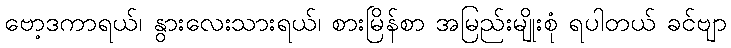
ဗော့ဒကာရယ်၊ နွားလေးသားရယ်၊ စားမြိန်စာ အမြည်းမျိုးစုံ ရပါတယ် ခင်ဗျာ